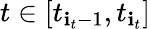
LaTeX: t\in[t_{\mathbf{i}_{t}-1},t_{\mathbf{i}_{t}}]